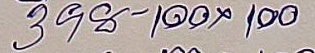
398 - 100 x 100